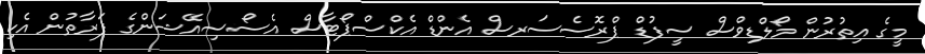
މީގެ އިތުރުން މޯލްޑިވްސް ސީފުޑް ޕްރޮސެސަރސް އެންޑް އެކްސްޕޯޓާސް އެސޯސިއޭޝަންގެ ފަރާތުން އެކި